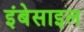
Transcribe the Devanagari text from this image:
इंबेसाइल